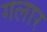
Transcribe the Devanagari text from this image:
गलार